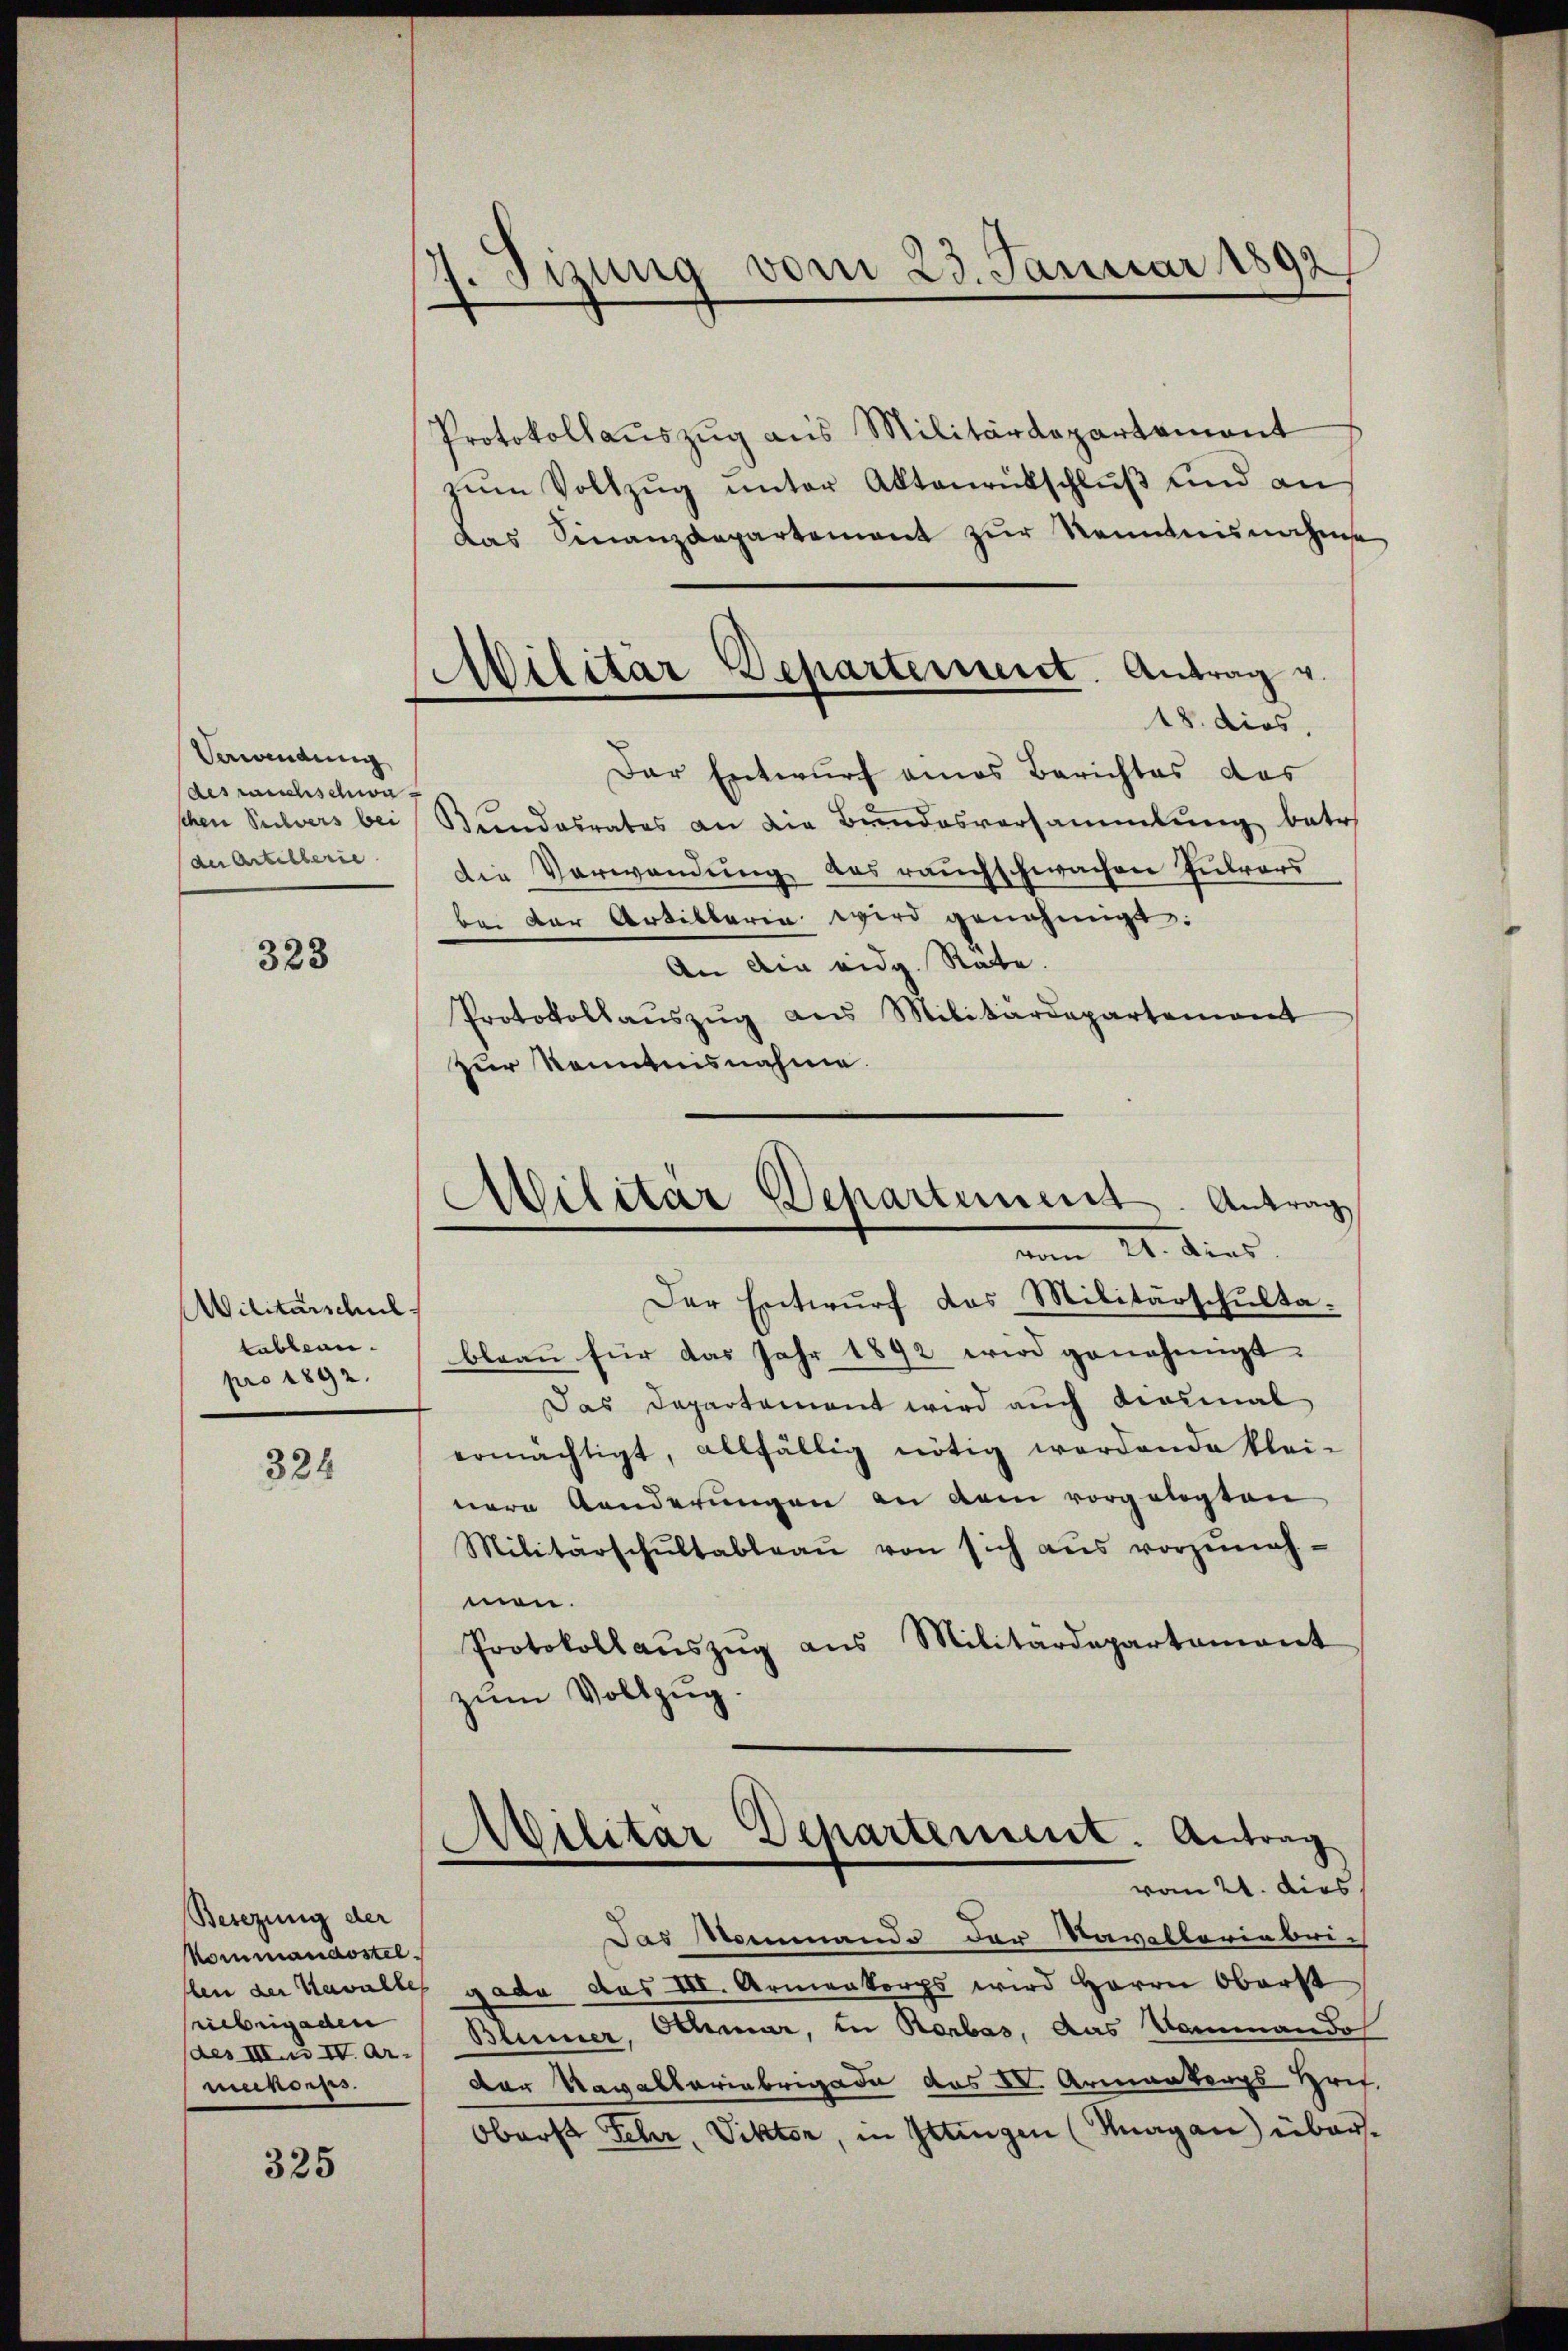
Verandung
des rauchschwa
schen Sachvers bei
der Artilberie

323

Militärschul
tableau
pro 1892.

324

Besezung der
Nommandosteliebrigaden
menones

325

7. Jizung vom 23. Januar 1892

Militar Departement. Antrag v.
18. dies.

Protokollauszug aus Militärdepartement
zŭm Vollzŭg ŭnter Aktenrütschlŭβ und an
Das Finanzdepartement zur Renntnisnahme
Der Entwurf eines Berichtes das
Bŭndesrates an die Bundesversammlung betr.
Die Verwendung des rauchschwachen Zulars
bei der Artibbarin wird genehmigt:
An die eidg. Räte.
Protokollaŭszŭg aŭs Militärdepartement
zur Kenntnisnahme.
f
Militär Departement. Antrag
vom 21. dies
Der Entwurf das Militärschultableau für das Jahr 1892 wird genehmigt.
Das Departement wird auch diesmal
ermächtigt, allfällig nötig werdende klei-
nere Aenderungen an dem vorgelegten
Militärschŭltableaŭ von sich aŭs vorzŭnah-
men.
Protokollaŭszŭg aŭs Militärdepartement
zum Vollzug.

Militar Departement. Antrag
vom 21. dies

Das Mammando der Navallerinbri-
flen der Kavalles gade das III. Armenkorps wird Herrn Oberst
aes III. II ar. Blümer, Othmar, in Rorbas, das Dammando
der Nagelteriebrigade das IV. Armantens Hrif.
Oberst Fehr, Viktor, in Ittingen (Knagan) über¬